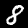
Label: 8